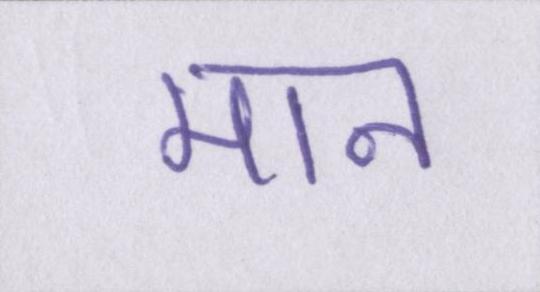
मान